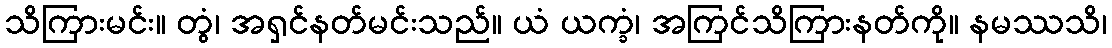
သိကြားမင်း။ တွံ၊ အရှင်နတ်မင်းသည်။ ယံ ယက္ခံ၊ အကြင်သိကြားနတ်ကို။ နမဿသိ၊